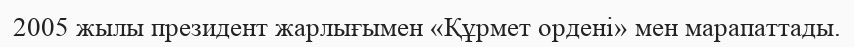
2005 жылы президент жарлығымен «Құрмет ордені» мен марапаттады.